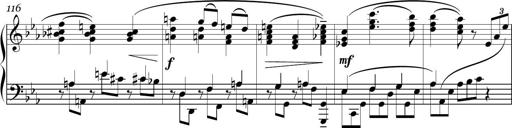
Title: Sonatina in E minor
Composer: Shuwen Zhang
Key: E minor